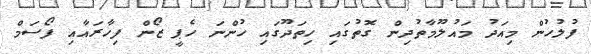
ފުލުހުން މިއަދު މައުލޫމާތުދިން ގޮތުގައި ހިތަދޫގައި ހުންނަ ހެޕީ ޒޯން ފިހާރައާއި ފޯސަމް